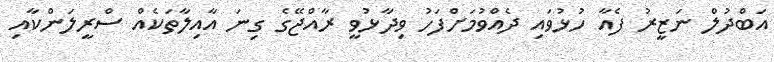
އަބްދުލް ނަޒީރު ފެއާ ހުޅުވައި ދެއްވުމަށްފަހު ވިދާޅުވީ ރާއްޖޭގެ ގިނަ އާއިލާތަކެއް ސްރީލަންކާއި